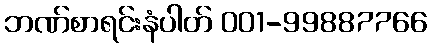
ဘဏ်စာရင်းနံပါတ် 001-99887766